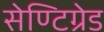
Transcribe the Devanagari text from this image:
सेण्टिग्रेड